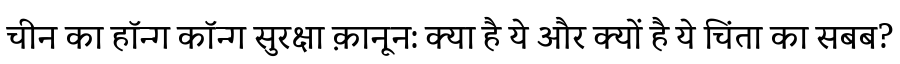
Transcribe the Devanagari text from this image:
चीन का हॉन्ग कॉन्ग सुरक्षा क़ानून: क्या है ये और क्यों है ये चिंता का सबब?